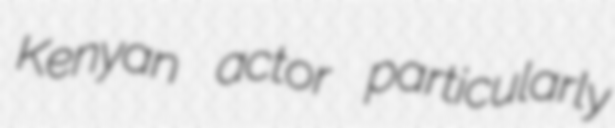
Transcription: Kenyan actor particularly